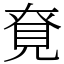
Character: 䙽